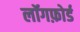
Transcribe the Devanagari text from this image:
लॉगफ़ोर्ड